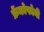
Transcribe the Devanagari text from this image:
फ्रेंकोफोनी